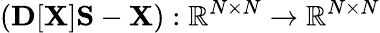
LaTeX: ({\mathbf D}[{\mathbf X}]{\mathbf S}-{\mathbf X}):{\mathbb R}^{N\times N}\rightarrow{\mathbb R}^{N\times N}